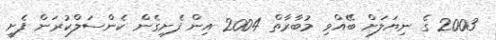
2003 ގެ ނިޔަލަށް ބޭއްވި މުބާރާތް 2004 އިން ފެށިގެން ކެންސަލްކުރަން ފެށީ